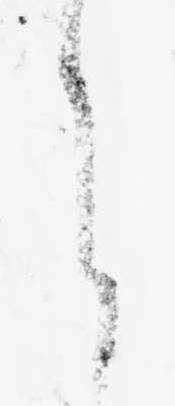
之